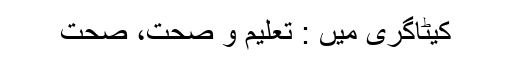
کیٹاگری میں : تعلیم و صحت، صحت